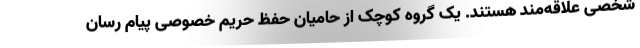
شخصی علاقه‌مند هستند. یک گروه کوچک از حامیان حفظ حریم خصوصی پیام رسان